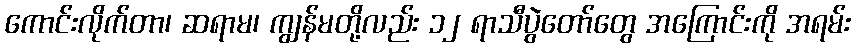
ကောင်းလိုက်တာ၊ ဆရာမ၊ ကျွန်မတို့လည်း ၁၂ ရာသီပွဲတော်တွေ အကြောင်းကို အရမ်း